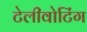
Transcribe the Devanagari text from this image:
टेलीवोटिंग